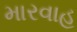
મારવાહ